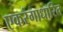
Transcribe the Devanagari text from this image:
एकरंगाधारित